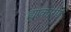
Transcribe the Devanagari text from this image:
ह्याकारणे